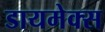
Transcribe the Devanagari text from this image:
डायमेक्स